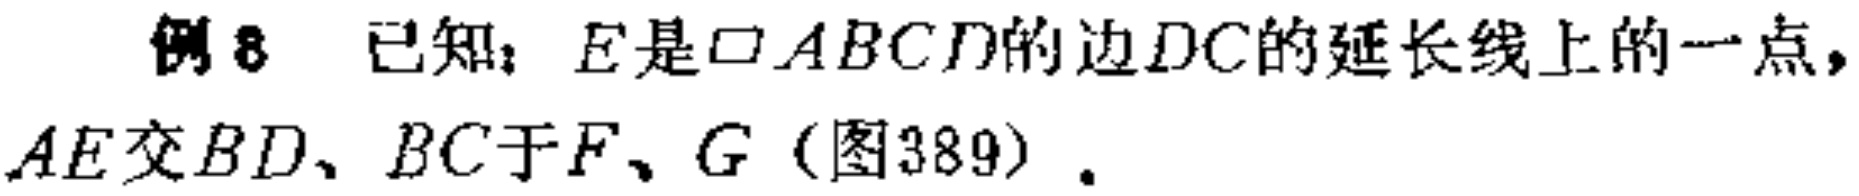
例8 已知：\(E\)是\(\square ABCD\)的边\(DC\)的延长线上的一点，\(AE\)交\(BD\)、\(BC\)于\(F\)、\(G\)（图389）.